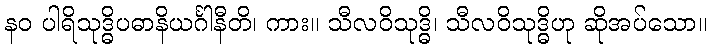
နဝ ပါရိသုဒ္ဓိပဓာနိယင်္ဂါနီတိ၊ ကား။ သီလဝိသုဒ္ဓိ၊ သီလဝိသုဒ္ဓိဟု ဆိုအပ်သော။